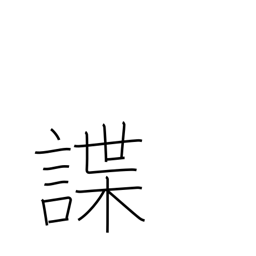
Meaning: reconnoiter